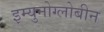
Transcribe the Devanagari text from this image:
इम्युनोग्लोबीन